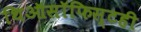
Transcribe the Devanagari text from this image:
थिऑसॉफिस्टही